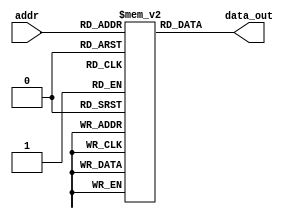
`timescale 1ns / 1ps
//////////////////////////////////////////////////////////////////////////////////
// Company: 
// Engineer: 
// 
// Design Name: 
// Module Name: ROM
// Project Name: 
// Target Devices: 
// Tool Versions: 
// Description: 
// 
// Dependencies: 
// 
// Revision:
// Revision 0.01 - File Created
// Additional Comments:
// 
//////////////////////////////////////////////////////////////////////////////////

module ROM (input [5:0] addr, output [25:0] data_out); 
reg [25:0] mem [0:63];
assign data_out = mem[addr];
initial begin
 mem[0]= 26'b00000001000011000001111100;
 mem[1]= 26'b00000010101011000000011100
;
 mem[2]= 26'b00000010001011000011000111
;
 mem[3]= 26'b00000001101010011100000000;
 mem[4]= 26'b00000010101110011000000000;
 mem[5]= 26'b10101011110010000000000000;
 
end
endmodule